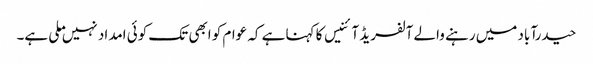
حیدرآباد میں رہنے والے آلفریڈ آئنیس کا کہنا ہے کہ عوام کو ابھی تک کوئی امداد نہیں ملی ہے۔